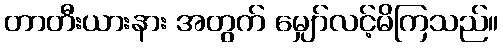
တာတီးယားနား အတွက် မျှော်လင့်မိကြသည်။